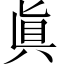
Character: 眞